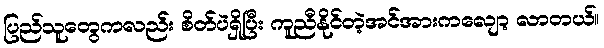
ပြည်သူတွေကလည်း စိတ်ပဲရှိပြီး ကူညီနိုင်တဲ့အင်အားကလျော့ လာတယ်။